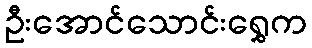
ဦးအောင်သောင်းရွှေက